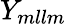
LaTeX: Y_{mllm}